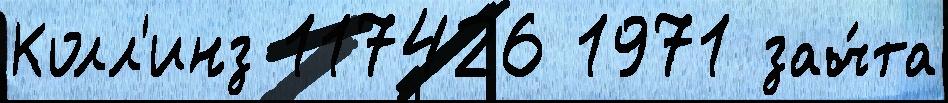
Колл'инз 117426 1971 зач́та